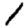
Digit: 1